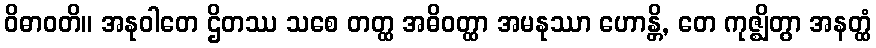
ဝိဓာဝတိ။ အနုဝါတေ ဌိတဿ သစေ တတ္ထ အဓိဝတ္ထာ အမနုဿာ ဟောန္တိ, တေ ကုဇ္ဈိတွာ အနတ္ထံ